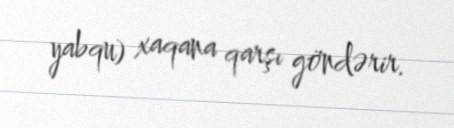
yabqu) xaqana qarşı göndərir.